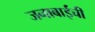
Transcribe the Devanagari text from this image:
जनाबाईंची